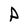
Character: P